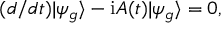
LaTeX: ( d / d t ) | { \psi } _ { g } \rangle - \mathrm { i } A ( t ) | \psi _ { g } \rangle = 0 ,